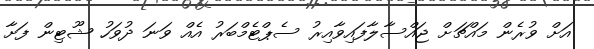
އަށް ވުރެން މައްޗަށް ޖައްސާލާފައިވާއިރު ސެޕްޓެމްބަރު އެއް ވަނަ ދުވަހު ޝޫޓިން ފަށާ